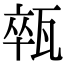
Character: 𤭢